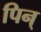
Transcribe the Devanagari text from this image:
पिन्